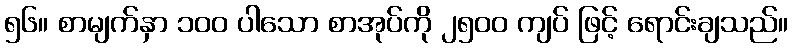
၅၆။ စာမျက်နှာ ၁၀၀ ပါသော စာအုပ်ကို ၂၅၀၀ ကျပ် ဖြင့် ရောင်းချသည်။